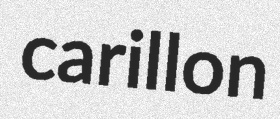
carillon